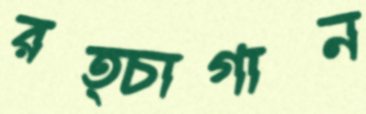
রত্চাগান